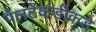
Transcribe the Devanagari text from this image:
पैलटेकडीकडे